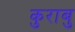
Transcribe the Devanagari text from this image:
कुराबु